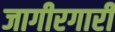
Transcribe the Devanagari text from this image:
जागीरगारी